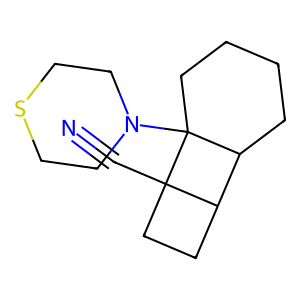
SMILES: N#CC12CCC1C1CCCCC12N1CCSCC1
Inhibits HIV replication: No